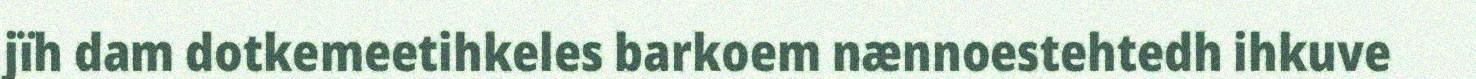
jïh dam dotkemeetihkeles barkoem nænnoestehtedh ihkuve